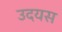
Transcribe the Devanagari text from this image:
उदयस